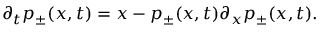
\partial _ { t } p _ { \pm } ( x , t ) = x - p _ { \pm } ( x , t ) \partial _ { x } p _ { \pm } ( x , t ) .